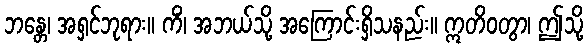
ဘန္တေ၊ အရှင်ဘုရား။ ကိံ၊ အဘယ်သို့ အကြောင်းရှိသနည်း။ ဣတိဝတွာ၊ ဤသို့